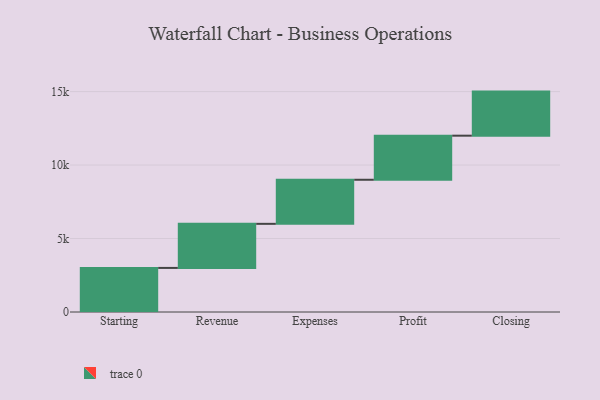
{"axis": {"x": "Step", "y": "Value"}, "legend": [""], "data": [{"x": "Starting", "y": 3000, "type": ""}, {"x": "Revenue", "y": 3000, "type": ""}, {"x": "Expenses", "y": 3000, "type": ""}, {"x": "Profit", "y": 3000, "type": ""}, {"x": "Closing", "y": 3000, "type": ""}]}